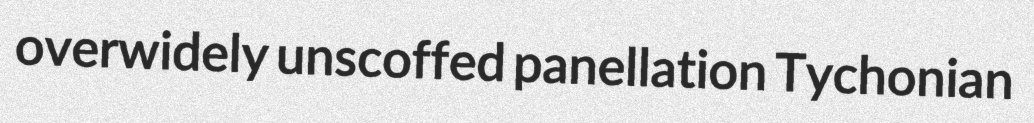
overwidely unscoffed panellation Tychonian